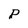
Character: P